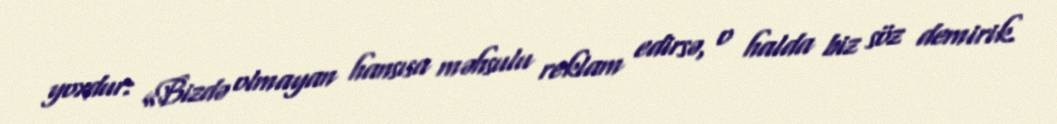
yoxdur: «Bizdə olmayan hansısa məhsulu reklam edirsə, o halda biz söz demirik.